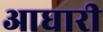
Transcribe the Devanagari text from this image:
आघारी